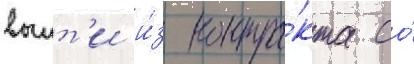
выит'и и́з контра́кта со́